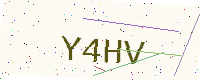
Text: Y4HV